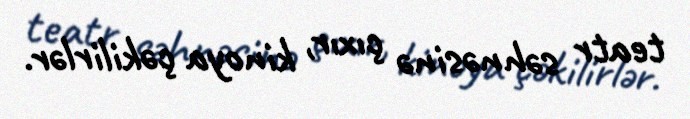
teatr səhnəsinə çıxır, kinoya çəkilirlər.